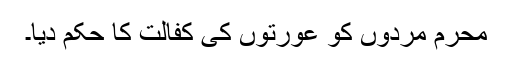
محرم مردوں کو عورتوں کی کفالت کا حکم دیا۔